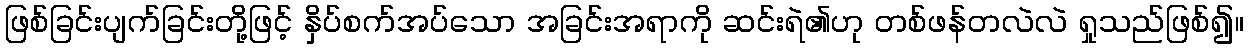
ဖြစ်ခြင်းပျက်ခြင်းတို့ဖြင့် နှိပ်စက်အပ်သော အခြင်းအရာကို ဆင်းရဲ၏ဟု တစ်ဖန်တလဲလဲ ရှုသည်ဖြစ်၍။